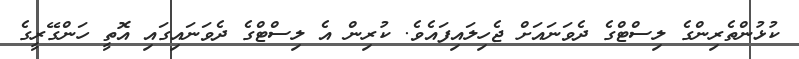
ކުޅުންތެރިންގެ ލިސްޓްގެ ދެވަނައަށް ޖެހިލައިފައެވެ. ކުރިން އެ ލިސްޓްގެ ދެވަނައިގައި އޮތީ ހަންގޭރީގެ